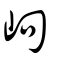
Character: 岣